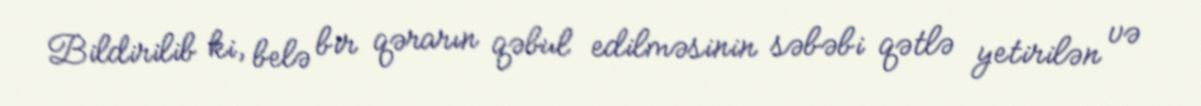
Bildirilib ki, belə bir qərarın qəbul edilməsinin səbəbi qətlə yetirilən və